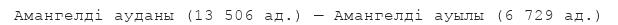
Амангелді ауданы (13 506 ад.) — Амангелді ауылы (6 729 ад.)